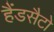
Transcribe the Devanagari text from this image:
हैंडसैटो